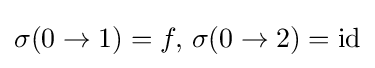
\sigma (0\to 1)=f,\,\sigma (0\to 2)=\operatorname {id}